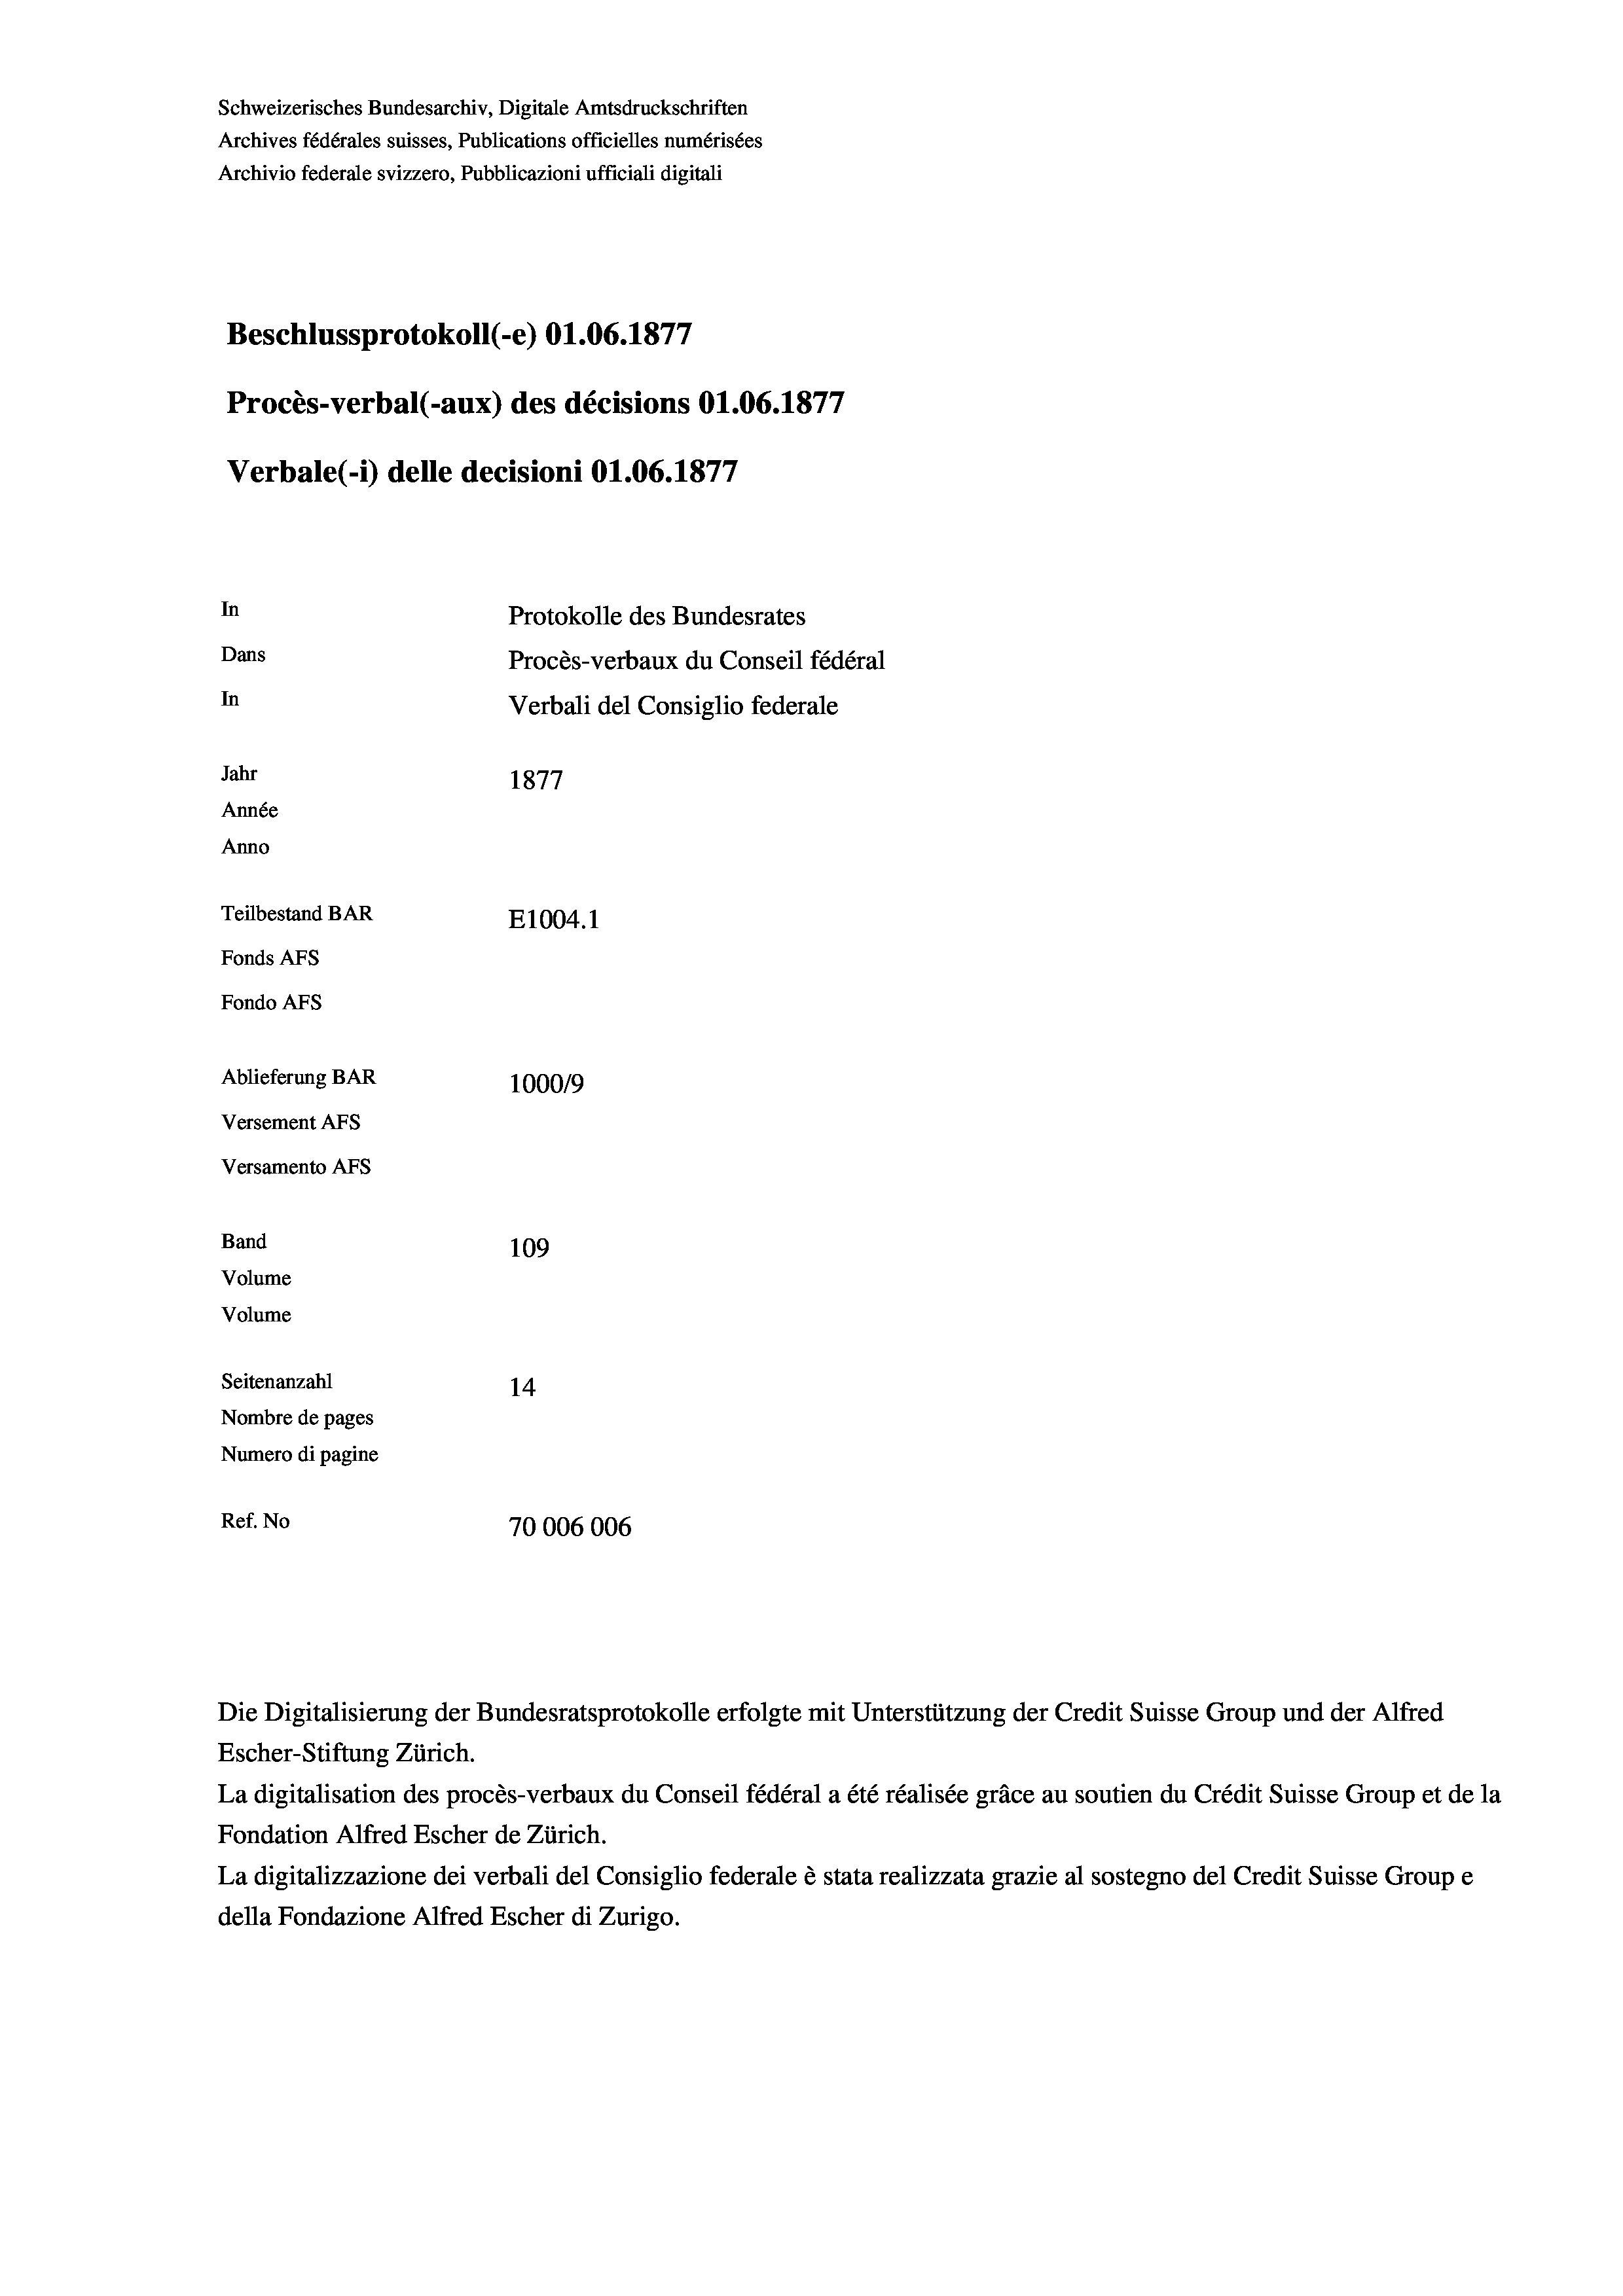
Schweizerisches Bundesarchiv, Digitale Amtsdruckschriften
Archives fédérales suisses, Publications officielles numérisées
Archivio federale svizzero, Pubblicazioni ufficiali digitali
17
Beschlussprotokoll (-e) 01.06. 1871
4
Procès-verbal (-aux) des décisions O1.06. 1877
Verbale (1) delle decisioni O1.06. 1877
In
Protokolle des Bundesrates
Dans
Procès-verbaux du Conseil fédéral
In
Verbali del Consiglio federale
Jahr
1877
Année
Anno
Teilbestand BAR
E1004. 1
Fonds AFs
Fondo AFs
Ablieferung BAR
100019
Versement Abs
Versamento AFs
Band
109
Volume
Volume

Seitenanzahl
14
Nombre de pages
Numero di pagine
Ref. No
70006006

La digitalisation des procès-verbaux du Conseil fédéral a été réalisée gräce au soutien du Crédit Suisse Group et de la
Fondation Alfred Escher de Zürich.
La digitalizzazione dei verbali del Consiglio federale è stata realizzata grazie al sostegno del Credit Suisse Groupe
della Fondazione Alfred Escher di Zurigo.

Escher-Stiftung Zürich.

Die Digitalisierung der Bundesratsprotokolle erfolgte mit Unterstützung der Credit Suisse Group und der Alfred